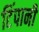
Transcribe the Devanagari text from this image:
टिंपानी